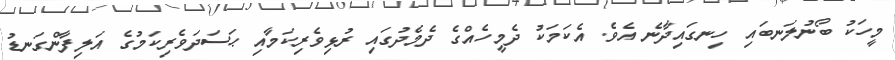
މީހަކު ބޯނުލަނބައި ހިނގައިދާނެ އެވެ. އެކަމަކު ދެމީހެއްގެ ދެމެދުގައި ރުޅިވެރިކަމާއި ޙަސަދަވެރިކަމުގެ އަލިފާންގަނޑު